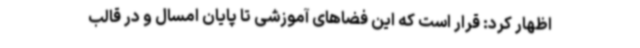
اظهار کرد: قرار است که این فضاهای آموزشی تا پایان امسال و در قالب